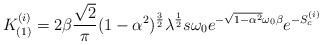
LaTeX: \begin{align*}K^{(i)}_{(1)}=2\beta\frac{\sqrt 2}{\pi}(1-\alpha^2)^{\frac{3}{2}}\lambda^{\frac{1}{2}}s\omega_0e^{-\sqrt{1-\alpha^2}\omega_0\beta} e^{-S^{(i)}_c}\end{align*}